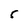
Character: 5